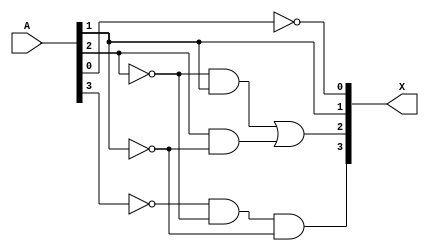
module bcd_9s_complement(
	input	[3:0]	A,
	output	[3:0]	X);
	
	wire [3:0] a_not;
	wire [1:0] w;

	// X[3] = ~A[3] ~A[2] ~A[1]
	// X[2] = ~A[2] A[1] + A[2] ~A[1]
	// X[1] = A[1]
	// X[0] = ~A[0]

	not 
		n1(a_not[0], A[0]),
		n2(a_not[1], A[1]),
		n3(a_not[2], A[2]),
		n4(a_not[3], A[3]);

	and 
		a1(X[3], a_not[3],  a_not[2],	a_not[1]),
		a2(w[0], a_not[2],  	A[1]),
		a3(w[1], 	 A[2],  a_not[1]);
		
	or	(X[2], w[0], w[1]);
	
	assign X[0] = a_not[0];
	assign X[1] = A[1];
	
endmodule

module exercise3_2;
	reg 	[3:0] BCD;
	wire 	[3:0] nBCD;
	
	bcd_9s_complement bcd(BCD, nBCD);

	initial begin
		 	$display("9's Complement of BCD:");
		 	$display("BCD \tBCD'");
			$monitor("%b\t%b",BCD, nBCD);
		#1	BCD = 4'b0000; // 0
		#1	BCD = 4'b0001; // 1	
		#1	BCD = 4'b0010; // 2
		#1	BCD = 4'b0011; // 3
		#1	BCD = 4'b0100; // 4
		#1	BCD = 4'b0101; // 5
		#1	BCD = 4'b0110; // 6
		#1	BCD = 4'b0111; // 7
		#1	BCD = 4'b0000; // 8
		#1	BCD = 4'b1001; // 9

	end
endmodule